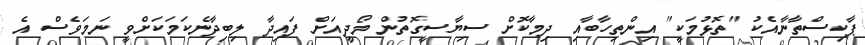
ޕާކިސްތާނާއެކު "ތޮޅުމަކީ" އިންތިހާބާއި ދިމާކޮށް ސިޔާސީގޮތުން މޯދީއަށް ފައިދާ ލިބިދާނެކަމަކަށްވީ ނަމަވެސް އެ